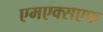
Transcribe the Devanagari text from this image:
एमएक्सएफ